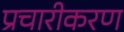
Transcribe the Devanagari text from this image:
प्रचारीकरण